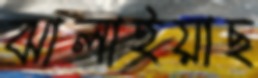
ঝালাইয়াছ